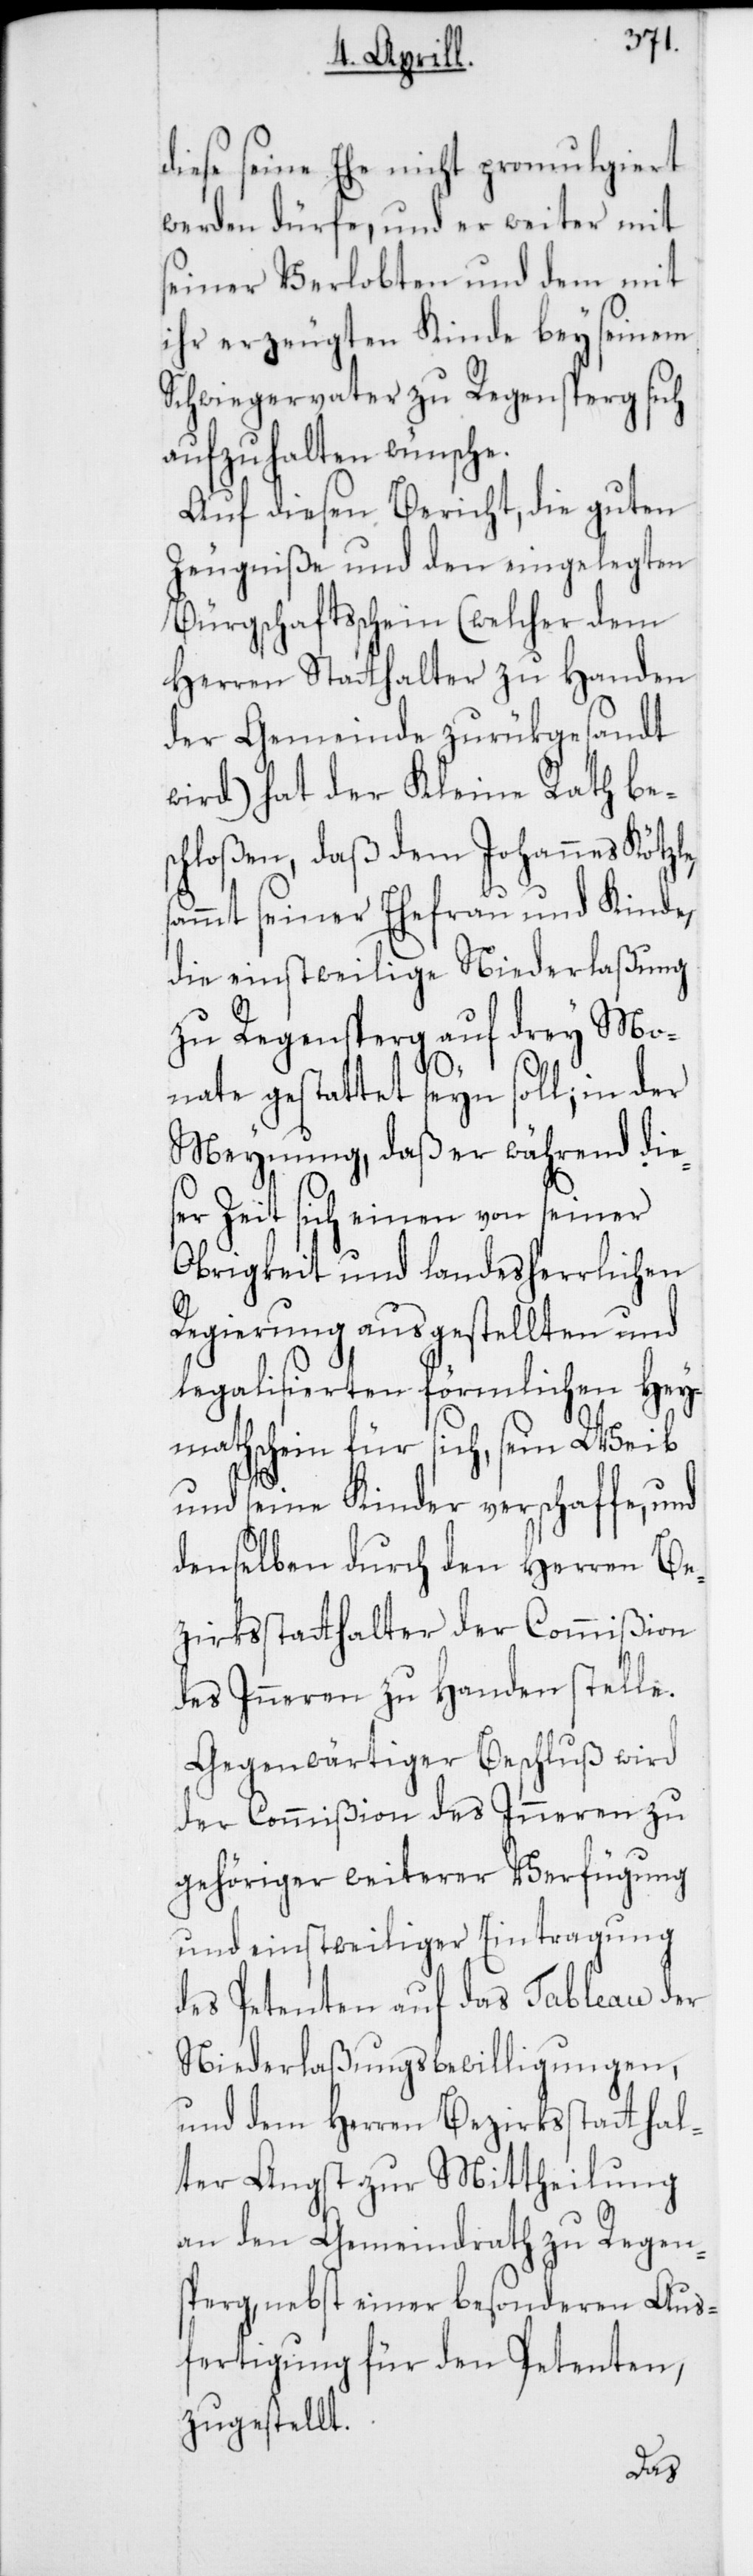
diese seine Ehe nicht promulgiert
werden dürfe, und er weiter mit
seiner Verlobten und dem mit
ihr erzeugten Kinde bey seinem
Schwiegervater zu Regensperg sich
aufzuhalten wünsche.
Auf diesen Bericht, die guten
Zeugniße und den eingelegten
Bürgschaftsschein (welcher dem
Herren Statthalter zu Handen
der Gemeinde zurükgesandt
wird) hat der Kleine Rath be¬
schloßen, daß dem Johannes Kötzl¬
ammt seiner Ehefrau und Kinde,
die einstweilige Niederlaßung
zu Regensperg auf drey Mo¬
s¬
nate gestattet seyn soll; in der
Meynung, daß er während die¬
ser Zeit sich einen von seiner
Obrigkeit und landesherrlichen
Regierung ausgestellten und
legalisierten förmlichen Hey¬
mathschein für sich, sein Weib
und seine Kinder verschaffe, und
denselben durch den Herren Be¬
zirksstatthalter der Commißion
des Inneren zu Handen stelle.
Gegenwärtiger Beschluß wird
der Commißion des Inneren zu
gehöriger weiterer Verfügung
und einstweiliger Eintragung
des Petenten auf das Tableau der
Niederlaßungsbewilligungen,
und dem Herren Bezirksstatthal¬
ter Angst zur Mittheilung
an den Gemeindrath zu Regen¬
sperg, nebst einer besonderen Aus¬
fertigung für den Petenten,
zugestellt.